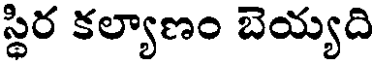
స్థిర కల్యాణం బెయ్యది